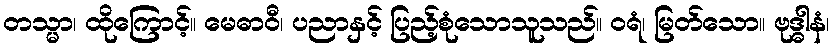
တသ္မာ၊ ထိုကြောင့်။ မေဓာဝီ၊ ပညာနှင့် ပြည့်စုံသောသူသည်။ ဝရံ၊ မြတ်သော။ ဗုဒ္ဓါနံ၊